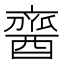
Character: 𨢞